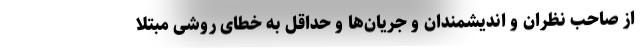
از صاحب نظران و اندیشمندان و جریان‌ها و حداقل به خطای روشی مبتلا